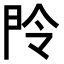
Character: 𬻴